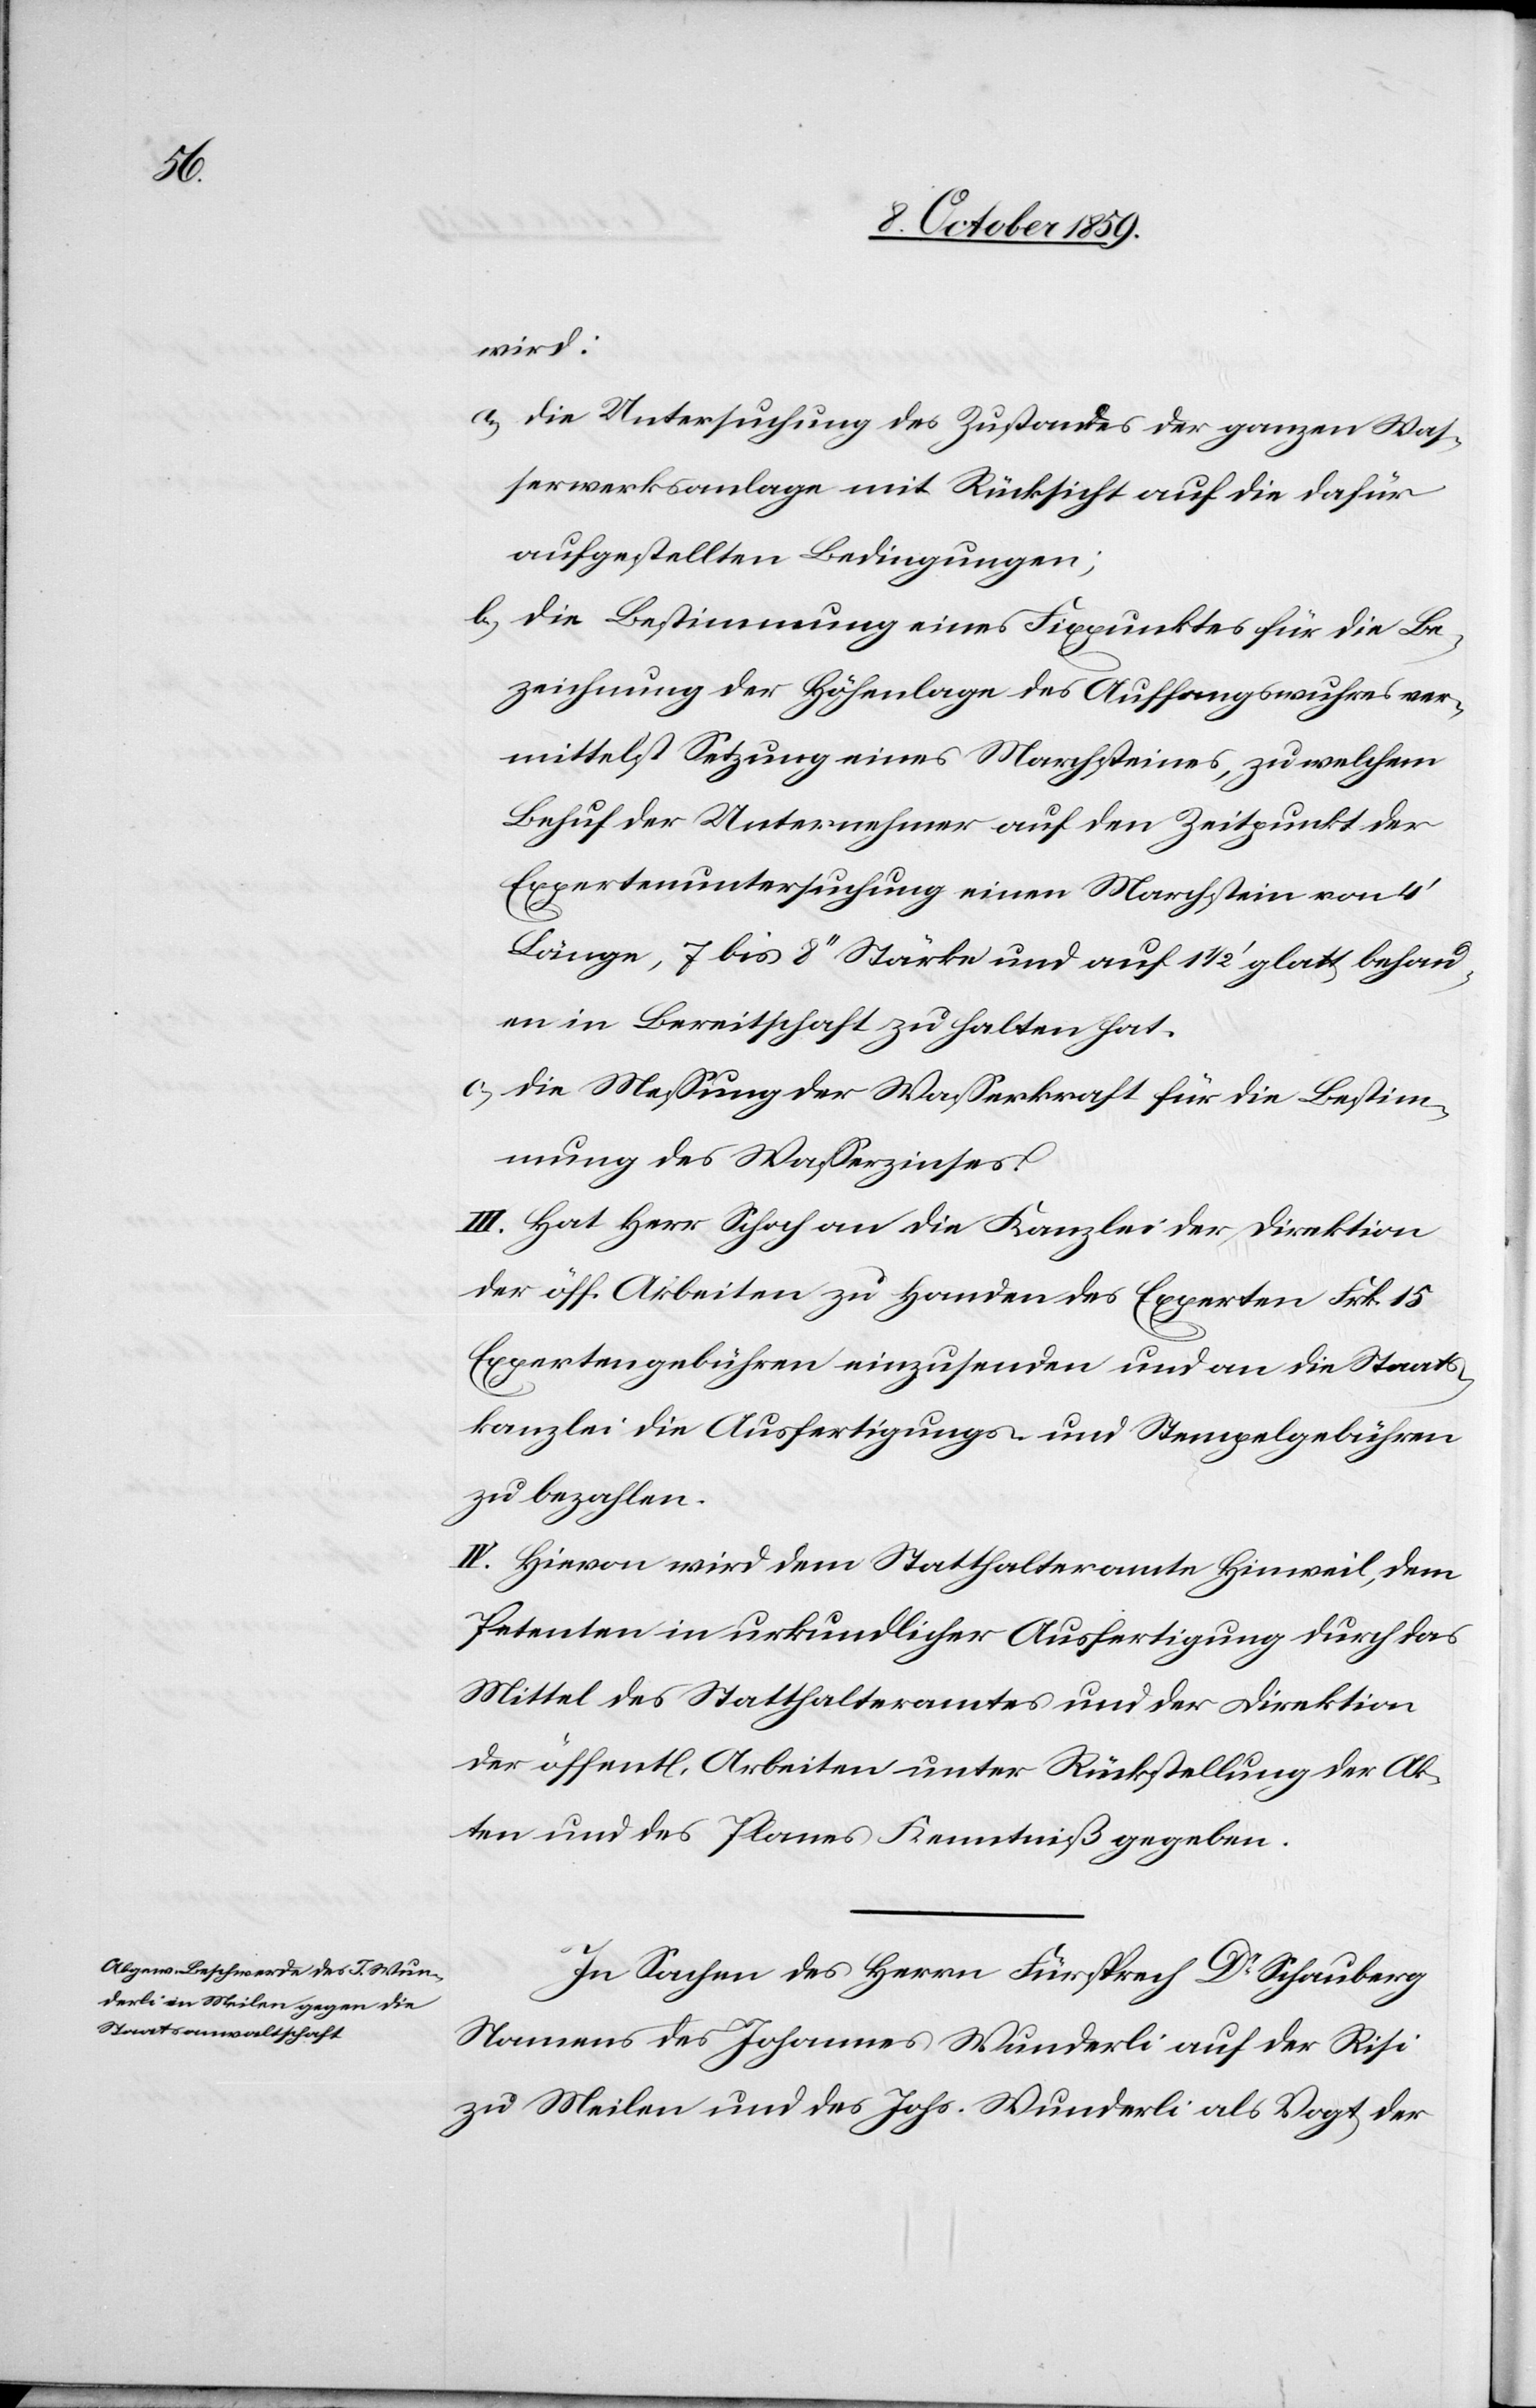
wird:
a.) die Untersuchung der Zustandes der ganzen Was¬
serwerksanlage mit Rücksicht auf die dafür
aufgestellten Bedingungen;
b.) die Bestimmungen eines Fixpunktes für die Be¬
zeichnung der Höhenlage des Auffangswuhres ver¬
mittelst Setzung eines Marchsteins, zu welchem
Behuf der Unternehmer auf den Zeitpunkt der
Expertenuntersuchung einen Marchstein von 4'
Länge, 7 bis 8'' Stärke und auf 11/2' glatt behau¬
en in Bereitschaft zu halten hat.
c.) die Messung der Wasserkraft für die Bestim¬
mung des Wasserzinses.
III. Hat Herr Schoch an die Kanzlei der Direktion
der öff. Arbeiten zu Handen des Experten Frk. 15
Expertengebühren einzusenden und an die Staats¬
kanzlei die Ausfertigungs- und Stempelgebühren
zu bezahlen.
IV. Hievon wird dem Statthalteramte Hinweil, dem
Petenten in urkundlicher Ausfertigung durch das
Mittel des Statthalteramtes und der Direktion
der öffentl. Arbeiten unter Rückstellung der Ak¬
ten und des Planes Kenntniß gegeben.
In Sachen des Herrn Fürsprech Dr Schauberg
Names des Johannes Wunderli auf der Risi
zu Meilen und des Johs. Wunderli als Vogt der